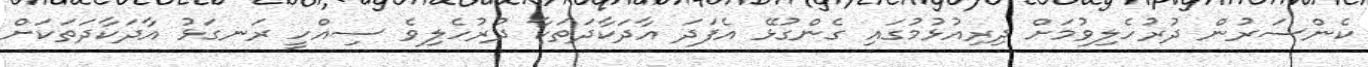
ކެންސަރުން ދުރުހެލިވުމަށް ދިރިއުޅުމުގައި ގެންގުޅޭ އެފަދަ އާދަކާދަތަކާ ދުރުހެލިވެ ސިއްހީ ރަނގަޅު އާދަކާދަތަކަށް